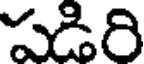
పడిరి